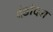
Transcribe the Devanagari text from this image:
दंडोदश